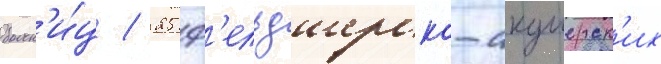
больн'и́ц / 25 ф'ельдшерско-акушерск'их